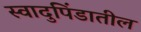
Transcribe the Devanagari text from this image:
स्वादुपिंडातील